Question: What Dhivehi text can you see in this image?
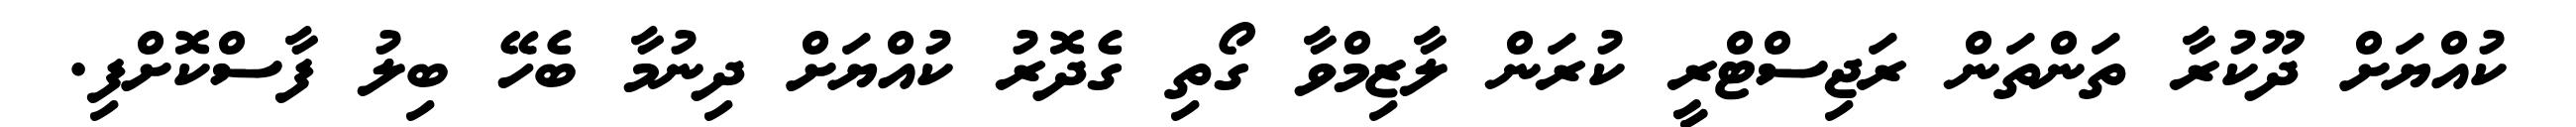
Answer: ކުއްޔަށް ދޫކުރާ ތަންތަން ރަޖިސްޓްރީ ކުރަން ލާޒިމްވާ ގޯތި ގެދޮރު ކުއްޔަށް ދިނުމާ ބެހޭ ބިލު ފާސްކޮށްފި.